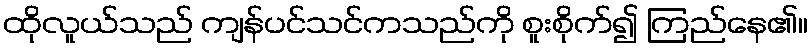
ထိုလူယ်သည် ကျန်ပင်သင်ကသည်ကို စူးစိုက်၍ ကြည်နေ၏။